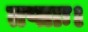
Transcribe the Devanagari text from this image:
तप्ताः।